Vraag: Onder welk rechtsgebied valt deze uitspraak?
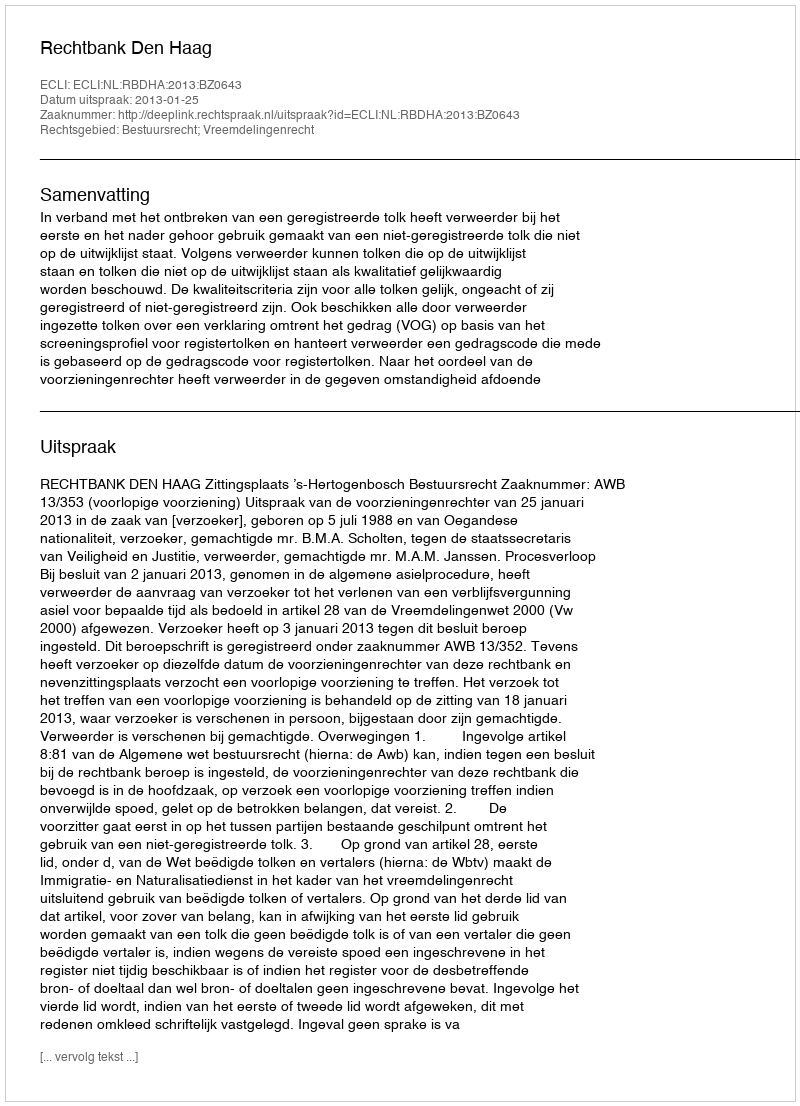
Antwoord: Bestuursrecht; Vreemdelingenrecht